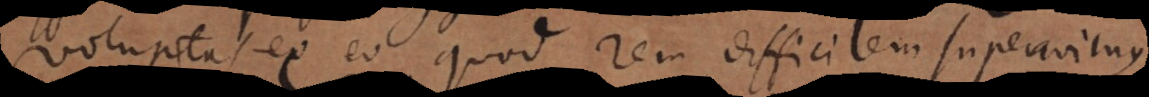
voluptas ex eo quod rem difficilem superavimus,